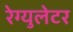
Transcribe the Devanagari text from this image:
रेग्‍युलेटर